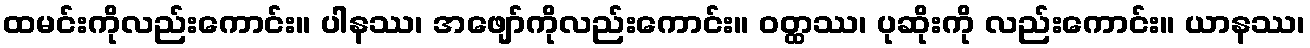
ထမင်းကိုလည်းကောင်း။ ပါနဿ၊ အဖျော်ကိုလည်းကောင်း။ ဝတ္ထဿ၊ ပုဆိုးကို လည်းကောင်း။ ယာနဿ၊